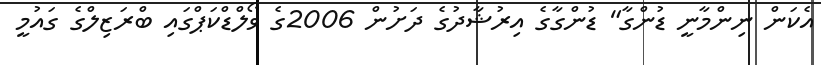
އެކަން ނިންމާނީ ޑުންގާ" ޑުންގާގެ އިރުޝާދުގެ ދަށުން 2006ގެ ވޯލްޑްކަޕްގައި ބްރަޒިލްގެ ގައުމީ